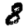
Digit: 8